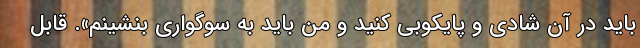
باید در آن شادی و پایکوبی کنید و من باید به سوگواری بنشینم». قابل